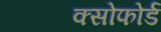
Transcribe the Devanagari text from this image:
क्सोफोर्ड